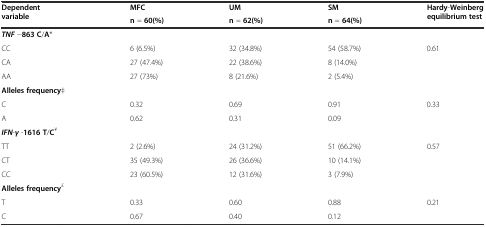
| <ROWSPAN=2> Dependent variable | MFC | UM | SM | <ROWSPAN=2> Hardy-Weinberg equilibrium test |
 | n = 60(%) | n = 62(%) | n = 64(%) |
 | --- | --- | --- | --- | --- |
 | TNF −863 C/A* |  |  |  |  |
 | CC | 6 (6.5%) | 32 (34.8%) | 54 (58.7%) | <ROWSPAN=3> 0.61 |
 | CA | 27 (47.4%) | 22 (38.6%) | 8 (14.0%) |
 | AA | 27 (73%) | 8 (21.6%) | 2 (5.4%) |
 | Alleles frequency‡ |  |  |  |  |
 | C | 0.32 | 0.69 | 0.91 | <ROWSPAN=2> 0.33 |
 | A | 0.62 | 0.31 | 0.09 |
 | IFN-γ -1616 T/C¥ |  |  |  |  |
 | TT | 2 (2.6%) | 24 (31.2%) | 51 (66.2%) | <ROWSPAN=3> 0.57 |
 | CT | 35 (49.3%) | 26 (36.6%) | 10 (14.1%) |
 | CC | 23 (60.5%) | 12 (31.6%) | 3 (7.9%) |
 | Alleles frequency£ |  |  |  |  |
 | T | 0.33 | 0.60 | 0.88 | <ROWSPAN=2> 0.21 |
 | C | 0.67 | 0.40 | 0.12 |